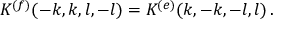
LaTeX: { \cal K } ^ { ( f ) } ( - k , k , l , - l ) = { \cal K } ^ { ( e ) } ( k , - k , - l , l ) \, .